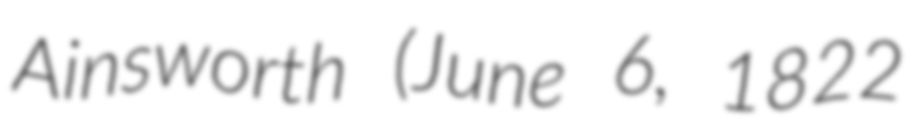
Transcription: Ainsworth (June 6, 1822